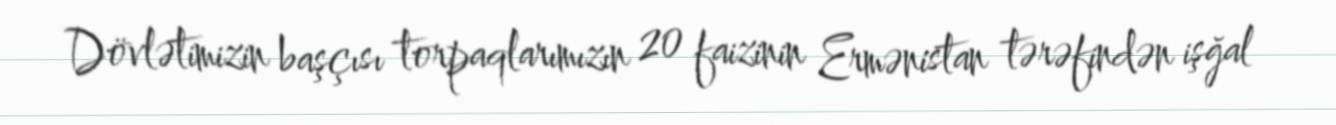
Dövlətimizin başçısı torpaqlarımızın 20 faizinin Ermənistan tərəfindən işğal